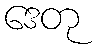
ဒေတု